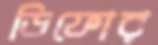
ডিফোর